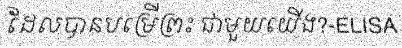
ដែលបានបម្រើព្រះ ជាមួយយើង?-ELISA